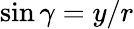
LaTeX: \sin{\gamma}={y}/{r}